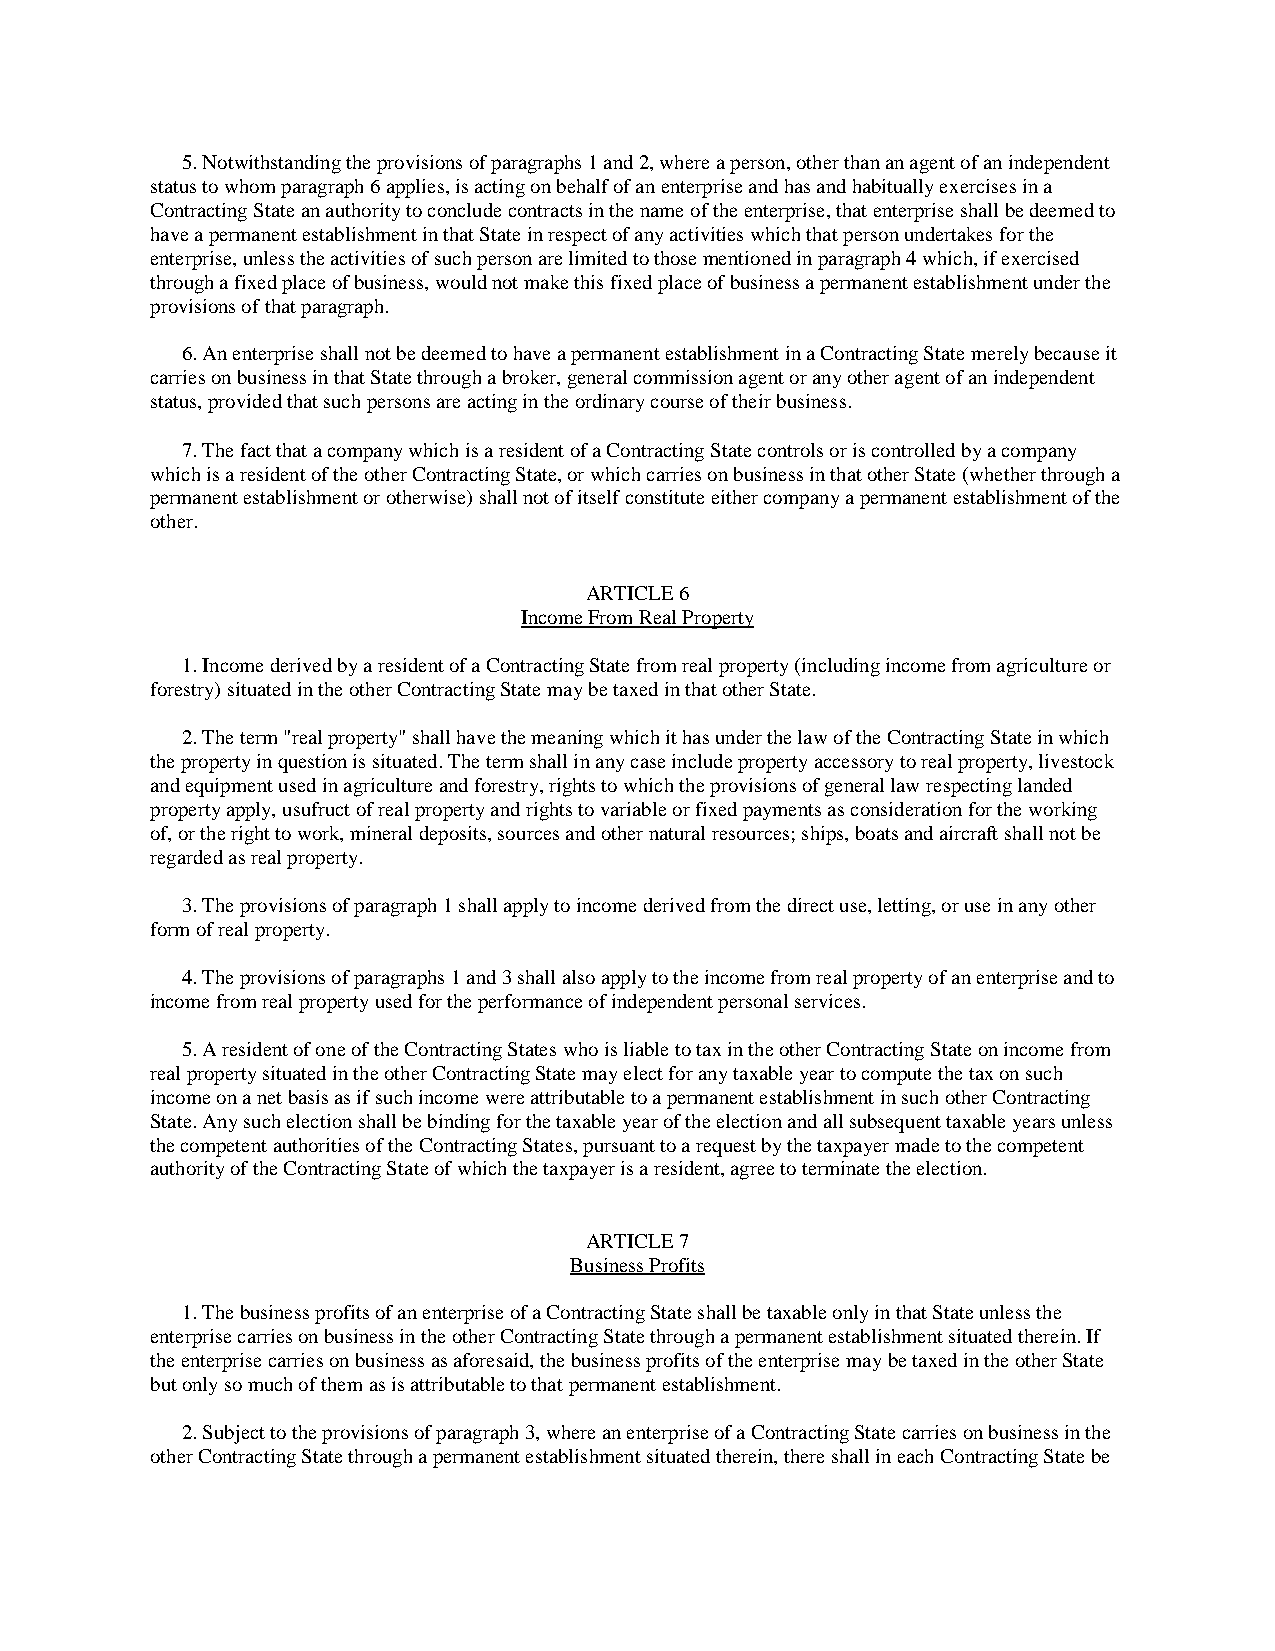
5. Notwithstanding the provisions of paragraphs 1 and 2, where a person, other than an agent of an independent
 status to whom paragraph 6 applies, is acting on behalf of an enterprise and has and habitually exercises in a
 Contracting State an authority to conclude contracts in the name of the enterprise, that enterprise shall be deemed to
 have a permanent establishment in that State in respect of any activities which that person undertakes for the
 enterprise, unless the activities of such person are limited to those mentioned in paragraph 4 which, if exercised
 through a fixed place of business, would not make this fixed place of business a permanent establishment under the
 provisions of that paragraph.
 6. An enterprise shall not be deemed to have a permanent establishment in a Contracting State merely because it
 carries on business in that State through a broker, general commission agent or any other agent of an independent
 status, provided that such persons are acting in the ordinary course of their business.
 7. The fact that a company which is a resident of a Contracting State controls or is controlled by a company
 which is a resident of the other Contracting State, or which carries on business in that other State (whether through a
 permanent establishment or otherwise) shall not of itself constitute either company a permanent establishment of the
 other.
 ARTICLE 6
 Income From Real Property
 1. Income derived by a resident of a Contracting State from real property (including income from agriculture or
 forestry) situated in the other Contracting State may be taxed in that other State.
 2. The term "real property" shall have the meaning which it has under the law of the Contracting State in which
 the property in question is situated. The term shall in any case include property accessory to real property, livestock
 and equipment used in agriculture and forestry, rights to which the provisions of general law respecting landed
 property apply, usufruct of real property and rights to variable or fixed payments as consideration for the working
 of, or the right to work, mineral deposits, sources and other natural resources; ships, boats and aircraft shall not be
 regarded as real property.
 3. The provisions of paragraph 1 shall apply to income derived from the direct use, letting, or use in any other
 form of real property.
 4. The provisions of paragraphs 1 and 3 shall also apply to the income from real property of an enterprise and to
 income from real property used for the performance of independent personal services.
 5. A resident of one of the Contracting States who is liable to tax in the other Contracting State on income from
 real property situated in the other Contracting State may elect for any taxable year to compute the tax on such
 income on a net basis as if such income were attributable to a permanent establishment in such other Contracting
 State. Any such election shall be binding for the taxable year of the election and all subsequent taxable years unless
 the competent authorities of the Contracting States, pursuant to a request by the taxpayer made to the competent
 authority of the Contracting State of which the taxpayer is a resident, agree to terminate the election.
 ARTICLE 7
 Business Profits
 1. The business profits of an enterprise of a Contracting State shall be taxable only in that State unless the
 enterprise carries on business in the other Contracting State through a permanent establishment situated therein. If
 the enterprise carries on business as aforesaid, the business profits of the enterprise may be taxed in the other State
 but only so much of them as is attributable to that permanent establishment.
 2. Subject to the provisions of paragraph 3, where an enterprise of a Contracting State carries on business in the
 other Contracting State through a permanent establishment situated therein, there shall in each Contracting State be